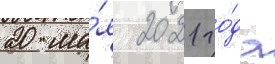
20 ма́я 2021 го́да